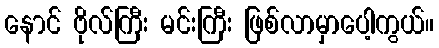
နောင် ဗိုလ်ကြီး မင်းကြီး ဖြစ်လာမှာပေါ့ကွယ်။